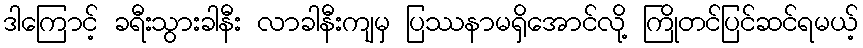
ဒါကြောင့် ခရီးသွားခါနီး လာခါနီးကျမှ ပြဿနာမရှိအောင်လို့ ကြိုတင်ပြင်ဆင်ရမယ့်